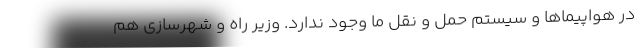
در هواپیماها و سیستم حمل و نقل ما وجود ندارد. وزیر راه و شهرسازی هم